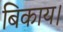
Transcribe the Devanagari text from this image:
बिकाय।